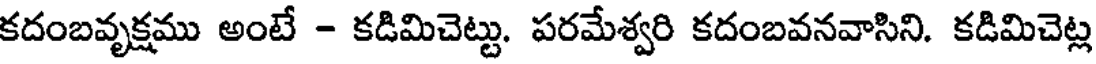
కదంబవృక్షము అంటే - కడిమిచెట్టు. పరమేశ్వరి కదంబవనవాసిని. కడిమిచెట్ల